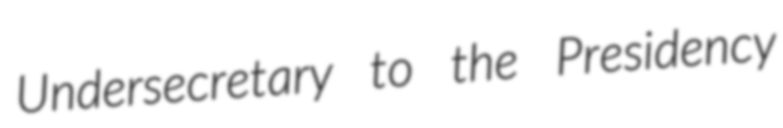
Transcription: Undersecretary to the Presidency